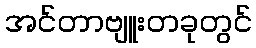
အင်တာဗျူးတခုတွင်